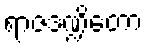
ရာဇဒဏ္ဍိတော